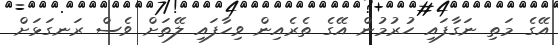
އޭގެ މަތި ނަގާފައި ހުރުމުން އޭގެ ތެރެއިން ވިހާފައި ލޭތަށް ވެސް ރަނގަޅަށް